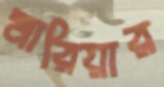
মারিয়ার